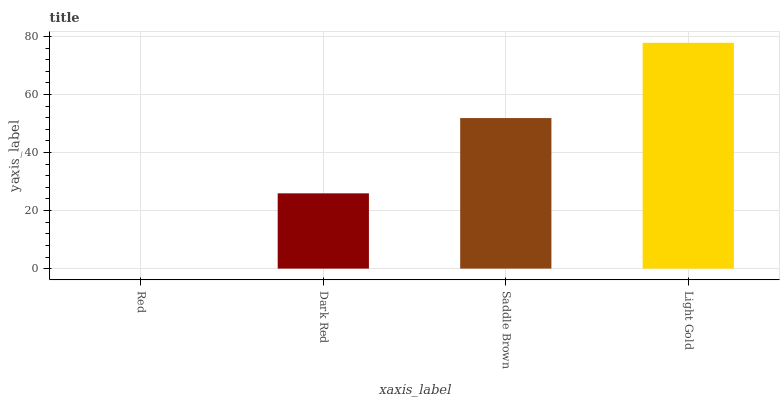
| xaxis_label | bars |
 | --- | --- |
 | Red | 0 |
 | Dark Red | 25.9 |
 | Saddle Brown | 51.9 |
 | Light Gold | 77.8 |